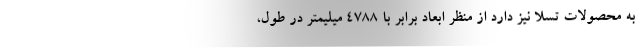
به محصولات تسلا نیز دارد از منظر ابعاد برابر با 4788 میلیمتر در طول،